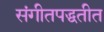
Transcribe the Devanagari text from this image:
संगीतपद्धतीत